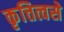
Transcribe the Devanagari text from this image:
कृत्तित्वसे